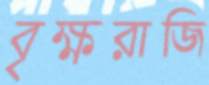
বৃক্ষরাজি